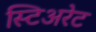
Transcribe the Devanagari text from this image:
स्टिअरेट